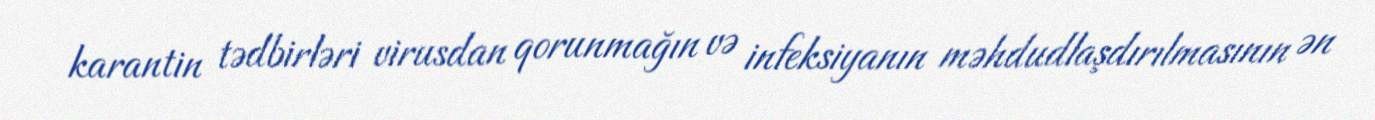
karantin tədbirləri virusdan qorunmağın və infeksiyanın məhdudlaşdırılmasının ən